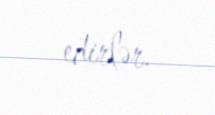
edirlər.